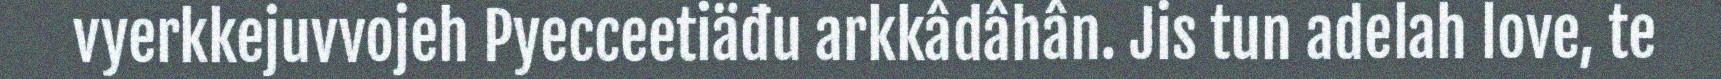
vyerkkejuvvojeh Pyecceetiäđu arkkâdâhân. Jis tun adelah love, te